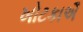
ખોટકાઐ